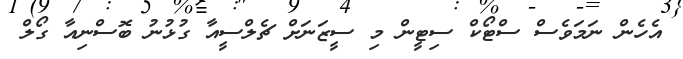
އެހެން ނަމަވެސް ސްޓޯކް ސިޓީން މި ސީޒަނަށް ޗެލްސީއާ ގުޅުނު ބޮސްނިއާ ގޯލް